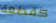
كقطعة